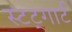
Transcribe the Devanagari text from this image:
स्टट्गार्ट